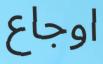
اوجاع